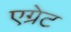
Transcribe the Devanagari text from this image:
एग्रेट